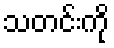
သတင်းကို